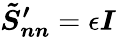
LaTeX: \boldsymbol{\tilde{S}_{nn}^{\prime}}=\epsilon\boldsymbol{I}